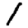
Digit: 1